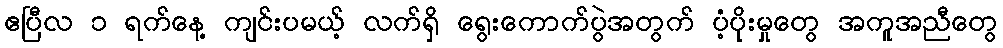
ဧပြီလ ၁ ရက်နေ့ ကျင်းပမယ့် လက်ရှိ ရွေးကောက်ပွဲအတွက် ပံ့ပိုးမှုတွေ အကူအညီတွေ